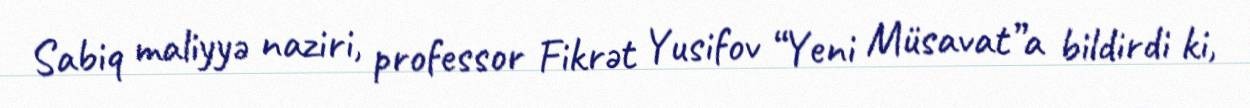
Sabiq maliyyə naziri, professor Fikrət Yusifov “Yeni Müsavat”a bildirdi ki,